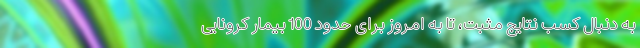
به دنبال کسب نتایج مثبت، تا به امروز برای حدود 100 بیمار کرونایی